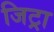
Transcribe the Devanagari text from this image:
जिट्रा